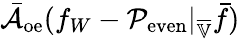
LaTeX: \bar{\mathcal{A}}_{\mathrm{oe}}(f_{W}-\mathcal{P}_{\mathrm{even}}|_{\overline{{\mathbb{V}}}}\bar{f})